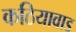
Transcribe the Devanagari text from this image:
कठियावाड